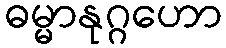
ဓမ္မာနုဂ္ဂဟော